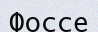
Фоссе